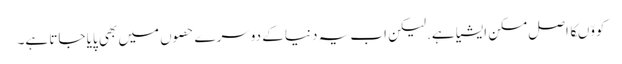
کووّںکا اصل مسکن ایشیا ہے.لیکن اب یہ دنیا کے دوسرے حصوں میں بھی پایا جاتا ہے۔